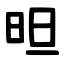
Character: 㫜